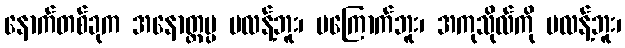
နောက်တစ်ခုက အနောတ္တပ္ပ မလန့်ဘူး၊ မကြောက်ဘူး၊ အကုသိုလ်ကို မလန့်ဘူး၊